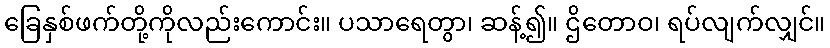
ခြေနှစ်ဖက်တို့ကိုလည်းကောင်း။ ပသာရေတွာ၊ ဆန့်၍။ ဌိတောဝ၊ ရပ်လျက်လျှင်။